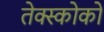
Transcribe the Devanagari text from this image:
तेक्स्कोको